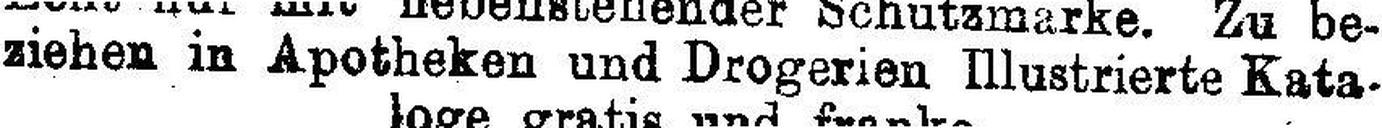
ziehen in Apotheken und Drogerien Illustrierte Kata¬